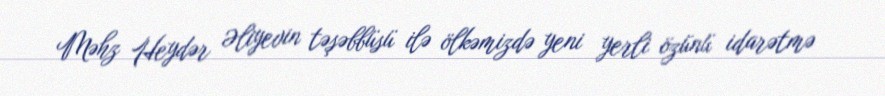
Məhz Heydər Əliyevin təşəbbüsü ilə ölkəmizdə yeni yerli özünü idarətmə